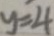
y = 4